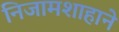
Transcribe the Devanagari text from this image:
निजामशाहाने